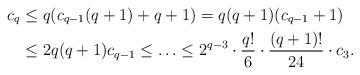
LaTeX: \begin{align*}c_q&\le q(c_{q-1}(q+1)+q+1)=q(q+1)(c_{q-1}+1)\\& \le 2q(q+1)c_{q-1}\le \ldots \le 2^{q-3}\cdot\frac{q!}{6}\cdot\frac{(q+1)!}{24}\cdot c_3.\end{align*}